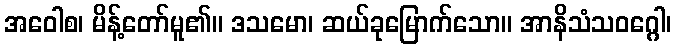
အဝေါစ၊ မိန့်တော်မူ၏။ ဒသမော၊ ဆယ်ခုမြောက်သော။ အာနိသံသဝဂ္ဂေါ၊